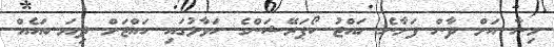
މިނާ އަށް ދާން ފަށާނެ ހައްޖު ކޯޕަރޭޝަންގެ ހަވާލުގައި ހައްޖަށް ދިޔަ ބައެއް